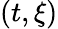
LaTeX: (t,\xi)